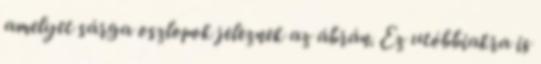
amelyet sárga oszlopok jeleznek az ábrán. Ez utóbbiakra is